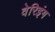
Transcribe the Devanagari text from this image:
वेरिइंग